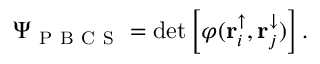
\Psi _ { \mathrm { ~ P ~ B ~ C ~ S ~ } } = \operatorname* { d e t } \left[ \varphi ( \mathbf { r } _ { i } ^ { \uparrow } , \mathbf { r } _ { j } ^ { \downarrow } ) \right] .